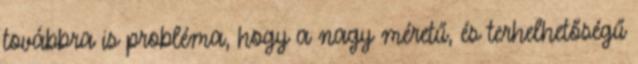
továbbra is probléma, hogy a nagy méretű, és terhelhetőségű